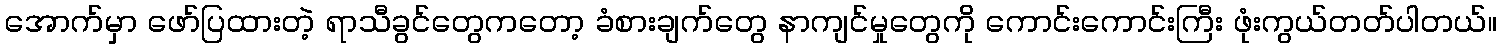
အောက်မှာ ဖော်ပြထားတဲ့ ရာသီခွင်တွေကတော့ ခံစားချက်တွေ နာကျင်မှုတွေကို ကောင်းကောင်းကြီး ဖုံးကွယ်တတ်ပါတယ်။